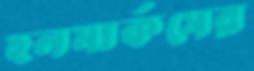
হলমার্কসের